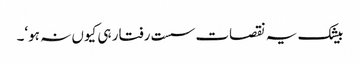
بیشک یہ نقصات سست رفتار ہی کیوں نہ ہو‘۔